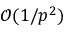
\mathcal { O } ( 1 / p ^ { 2 } )